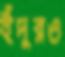
ইঁদুরও